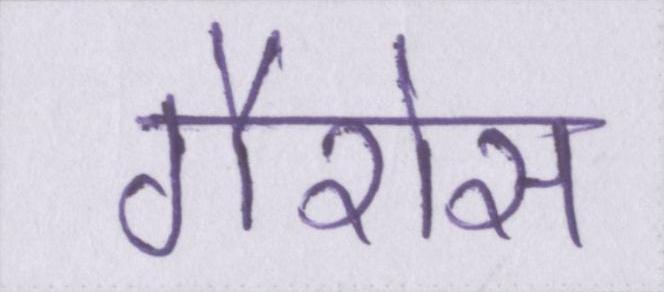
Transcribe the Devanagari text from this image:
गैरोस